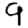
Digit: 9